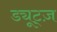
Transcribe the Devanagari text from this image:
ड्यूट्ज़